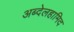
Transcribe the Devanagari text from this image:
अब्देलहामिद